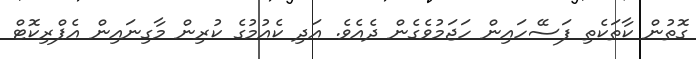
ގޮތުން ކާތަކެތި ފަސޭހައިން ހަޖަމުވެގެން ދެއެވެ. އަދި ކެއުމުގެ ކުރިން މާގިނައިން އެޕްރިކޮޓް